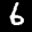
Label: 6